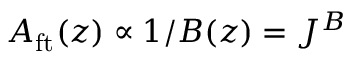
A _ { \mathrm { f t } } ( z ) \propto 1 / B ( z ) = J ^ { B }